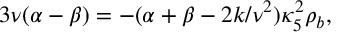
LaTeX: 3 \nu ( \alpha - \beta ) = - ( \alpha + \beta - 2 k / \nu ^ { 2 } ) \kappa _ { 5 } ^ { 2 } \rho _ { b } ,